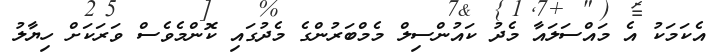
އެކަމަކު އެ މައްސަލައާ މެދު ކައުންސިލް މެމްބަރުންގެ މެދުގައި ކޮންމެވެސް ވަރަކަށް ހިޔާލު